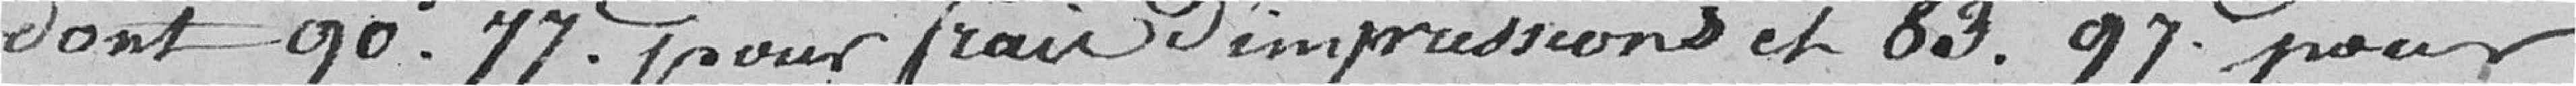
dont 90,77 francs pour frais d'impressions et 83,97 francs pour